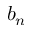
b _ { n }